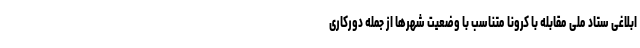
ابلاغی ستاد ملی مقابله با کرونا متناسب با وضعیت شهرها از جمله دورکاری